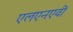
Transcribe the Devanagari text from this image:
एलएनएवी